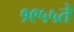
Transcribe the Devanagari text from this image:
१९५५ते